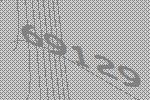
69129